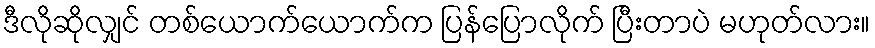
ဒီလိုဆိုလျှင် တစ်ယောက်ယောက်က ပြန်ပြောလိုက် ပြီးတာပဲ မဟုတ်လား။